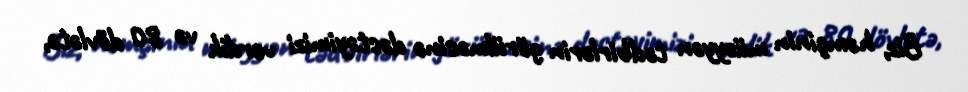
Biz, həmçinin müəyyən tədbirlərin görülməsinə dəstəyimizi verdik və 80 dövlətə,